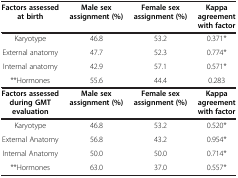
| Factors assessed at birth | Male sex assignment (%) | Female sex assignment (%) | Kappa agreement with factor |
 | --- | --- | --- | --- |
 | Karyotype | 46.8 | 53.2 | 0.371* |
 | External anatomy | 47.7 | 52.3 | 0.774* |
 | Internal anatomy | 42.9 | 57.1 | 0.571* |
 | **Hormones | 55.6 | 44.4 | 0.283 |
 | Factors assessed during GMT evaluation | Male sex assignment (%) | Female sex assignment (%) | Kappa agreement with factor |
 | Karyotype | 46.8 | 53.2 | 0.520* |
 | External Anatomy | 56.8 | 43.2 | 0.954* |
 | Internal Anatomy | 50.0 | 50.0 | 0.714* |
 | **Hormones | 63.0 | 37.0 | 0.557* |